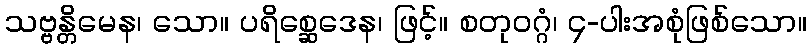
သဗ္ဗန္တိမေန၊ သော။ ပရိစ္ဆေဒေန၊ ဖြင့်။ စတုဝဂ္ဂံ၊ ၄-ပါးအစုံဖြစ်သော။